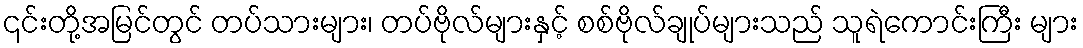
၎င်းတို့အမြင်တွင် တပ်သားများ၊ တပ်ဗိုလ်များနှင့် စစ်ဗိုလ်ချုပ်များသည် သူရဲကောင်းကြီး များ